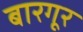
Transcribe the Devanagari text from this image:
बारगूर